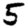
Digit: 5